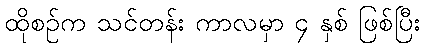
ထိုစဉ်က သင်တန်း ကာလမှာ ၄ နှစ် ဖြစ်ပြီး